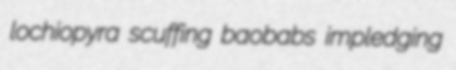
lochiopyra scuffing baobabs impledging